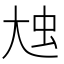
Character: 𡘗